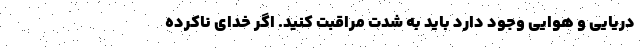
دریایی و هوایی وجود دارد باید به شدت مراقبت کنید. اگر خدای ناکرده